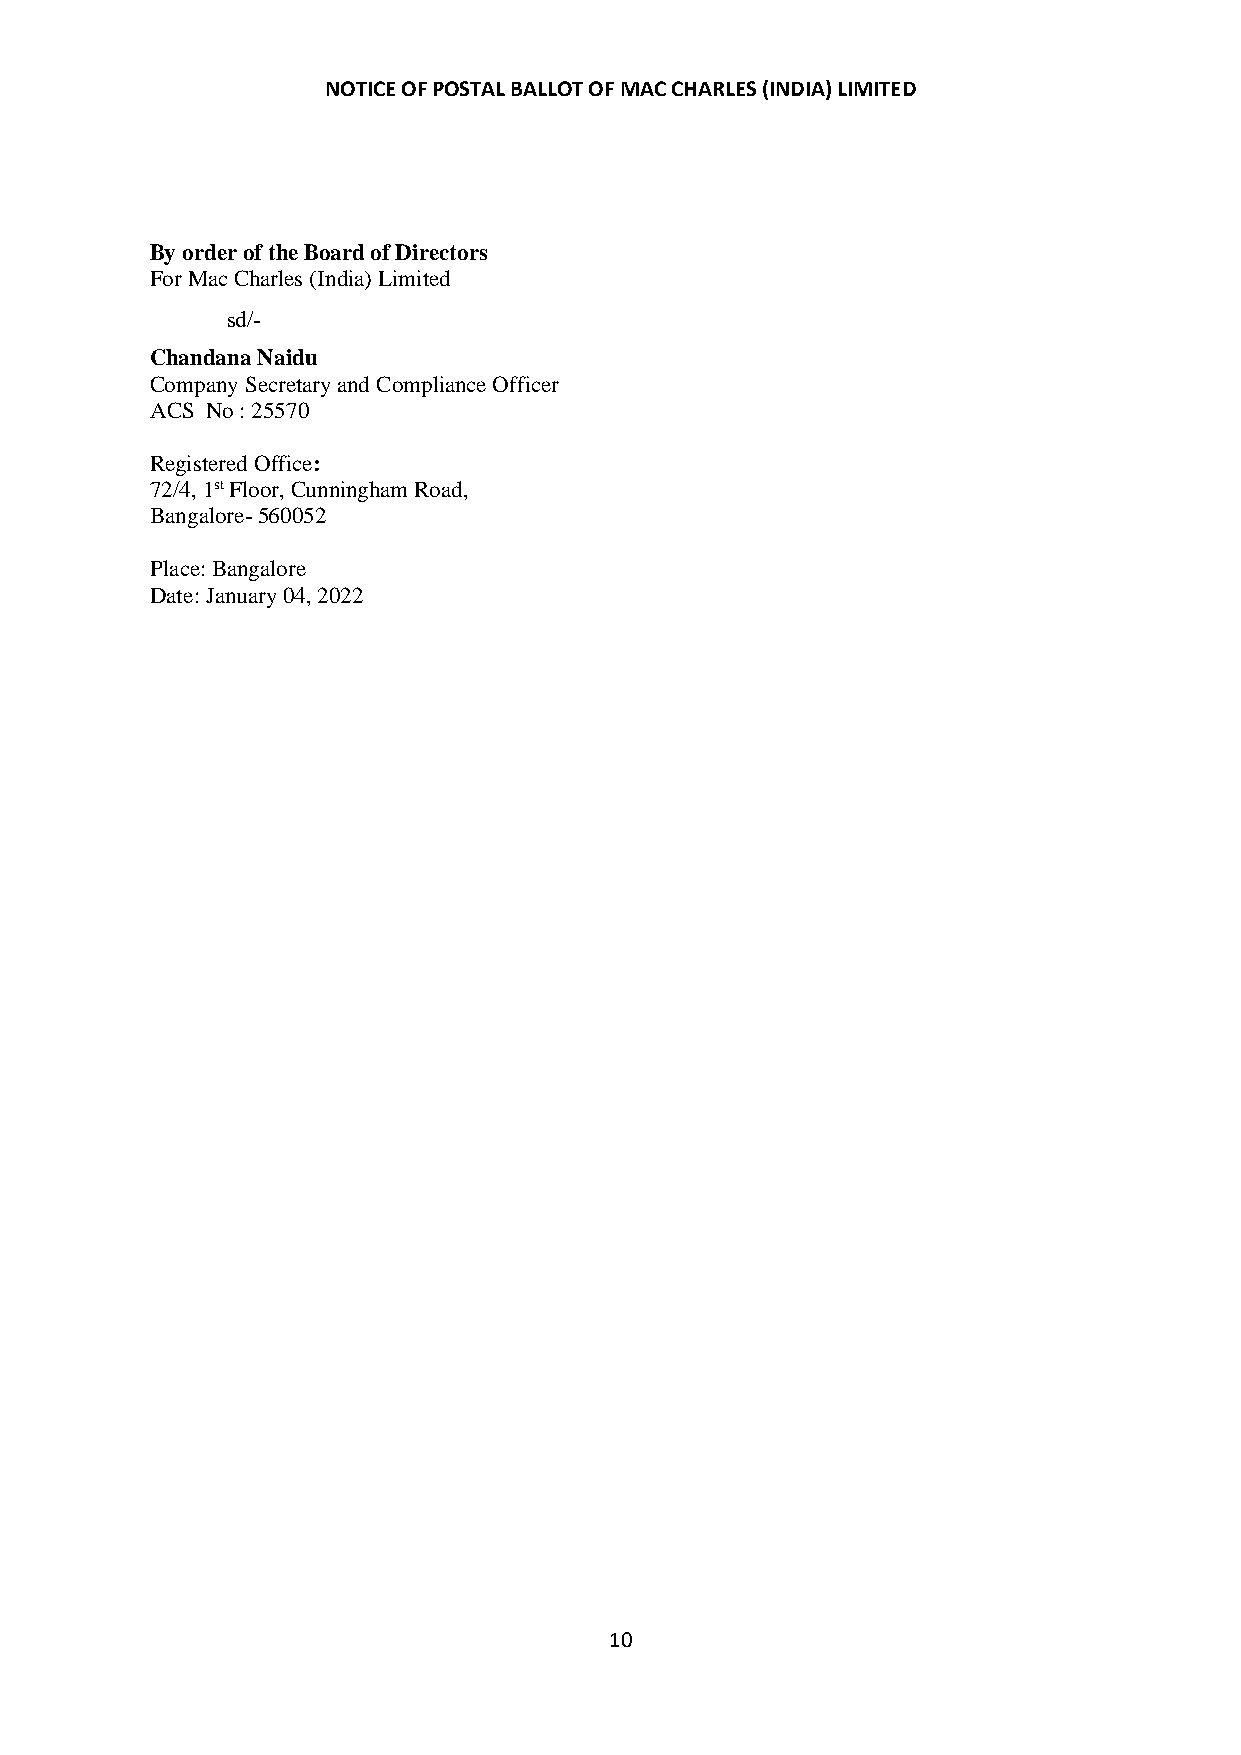
NOTICE OF POSTAL BALLOT OF MAC CHARLES (INDIA) LIMITED
 By order of the Board of Directors
 For Mac Charles (India) Limited
 sd/-
 Chandana Naidu
 Company Secretary and Compliance Officer
 ACS No : 25570
 Registered Office:
 72/4, 1st Floor, Cunningham Road,
 Bangalore- 560052
 Place: Bangalore
 Date: January 04, 2022
 10